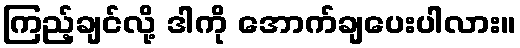
ကြည့်ချင်လို့ ဒါကို အောက်ချပေးပါလား။